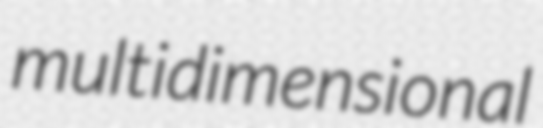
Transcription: multidimensional